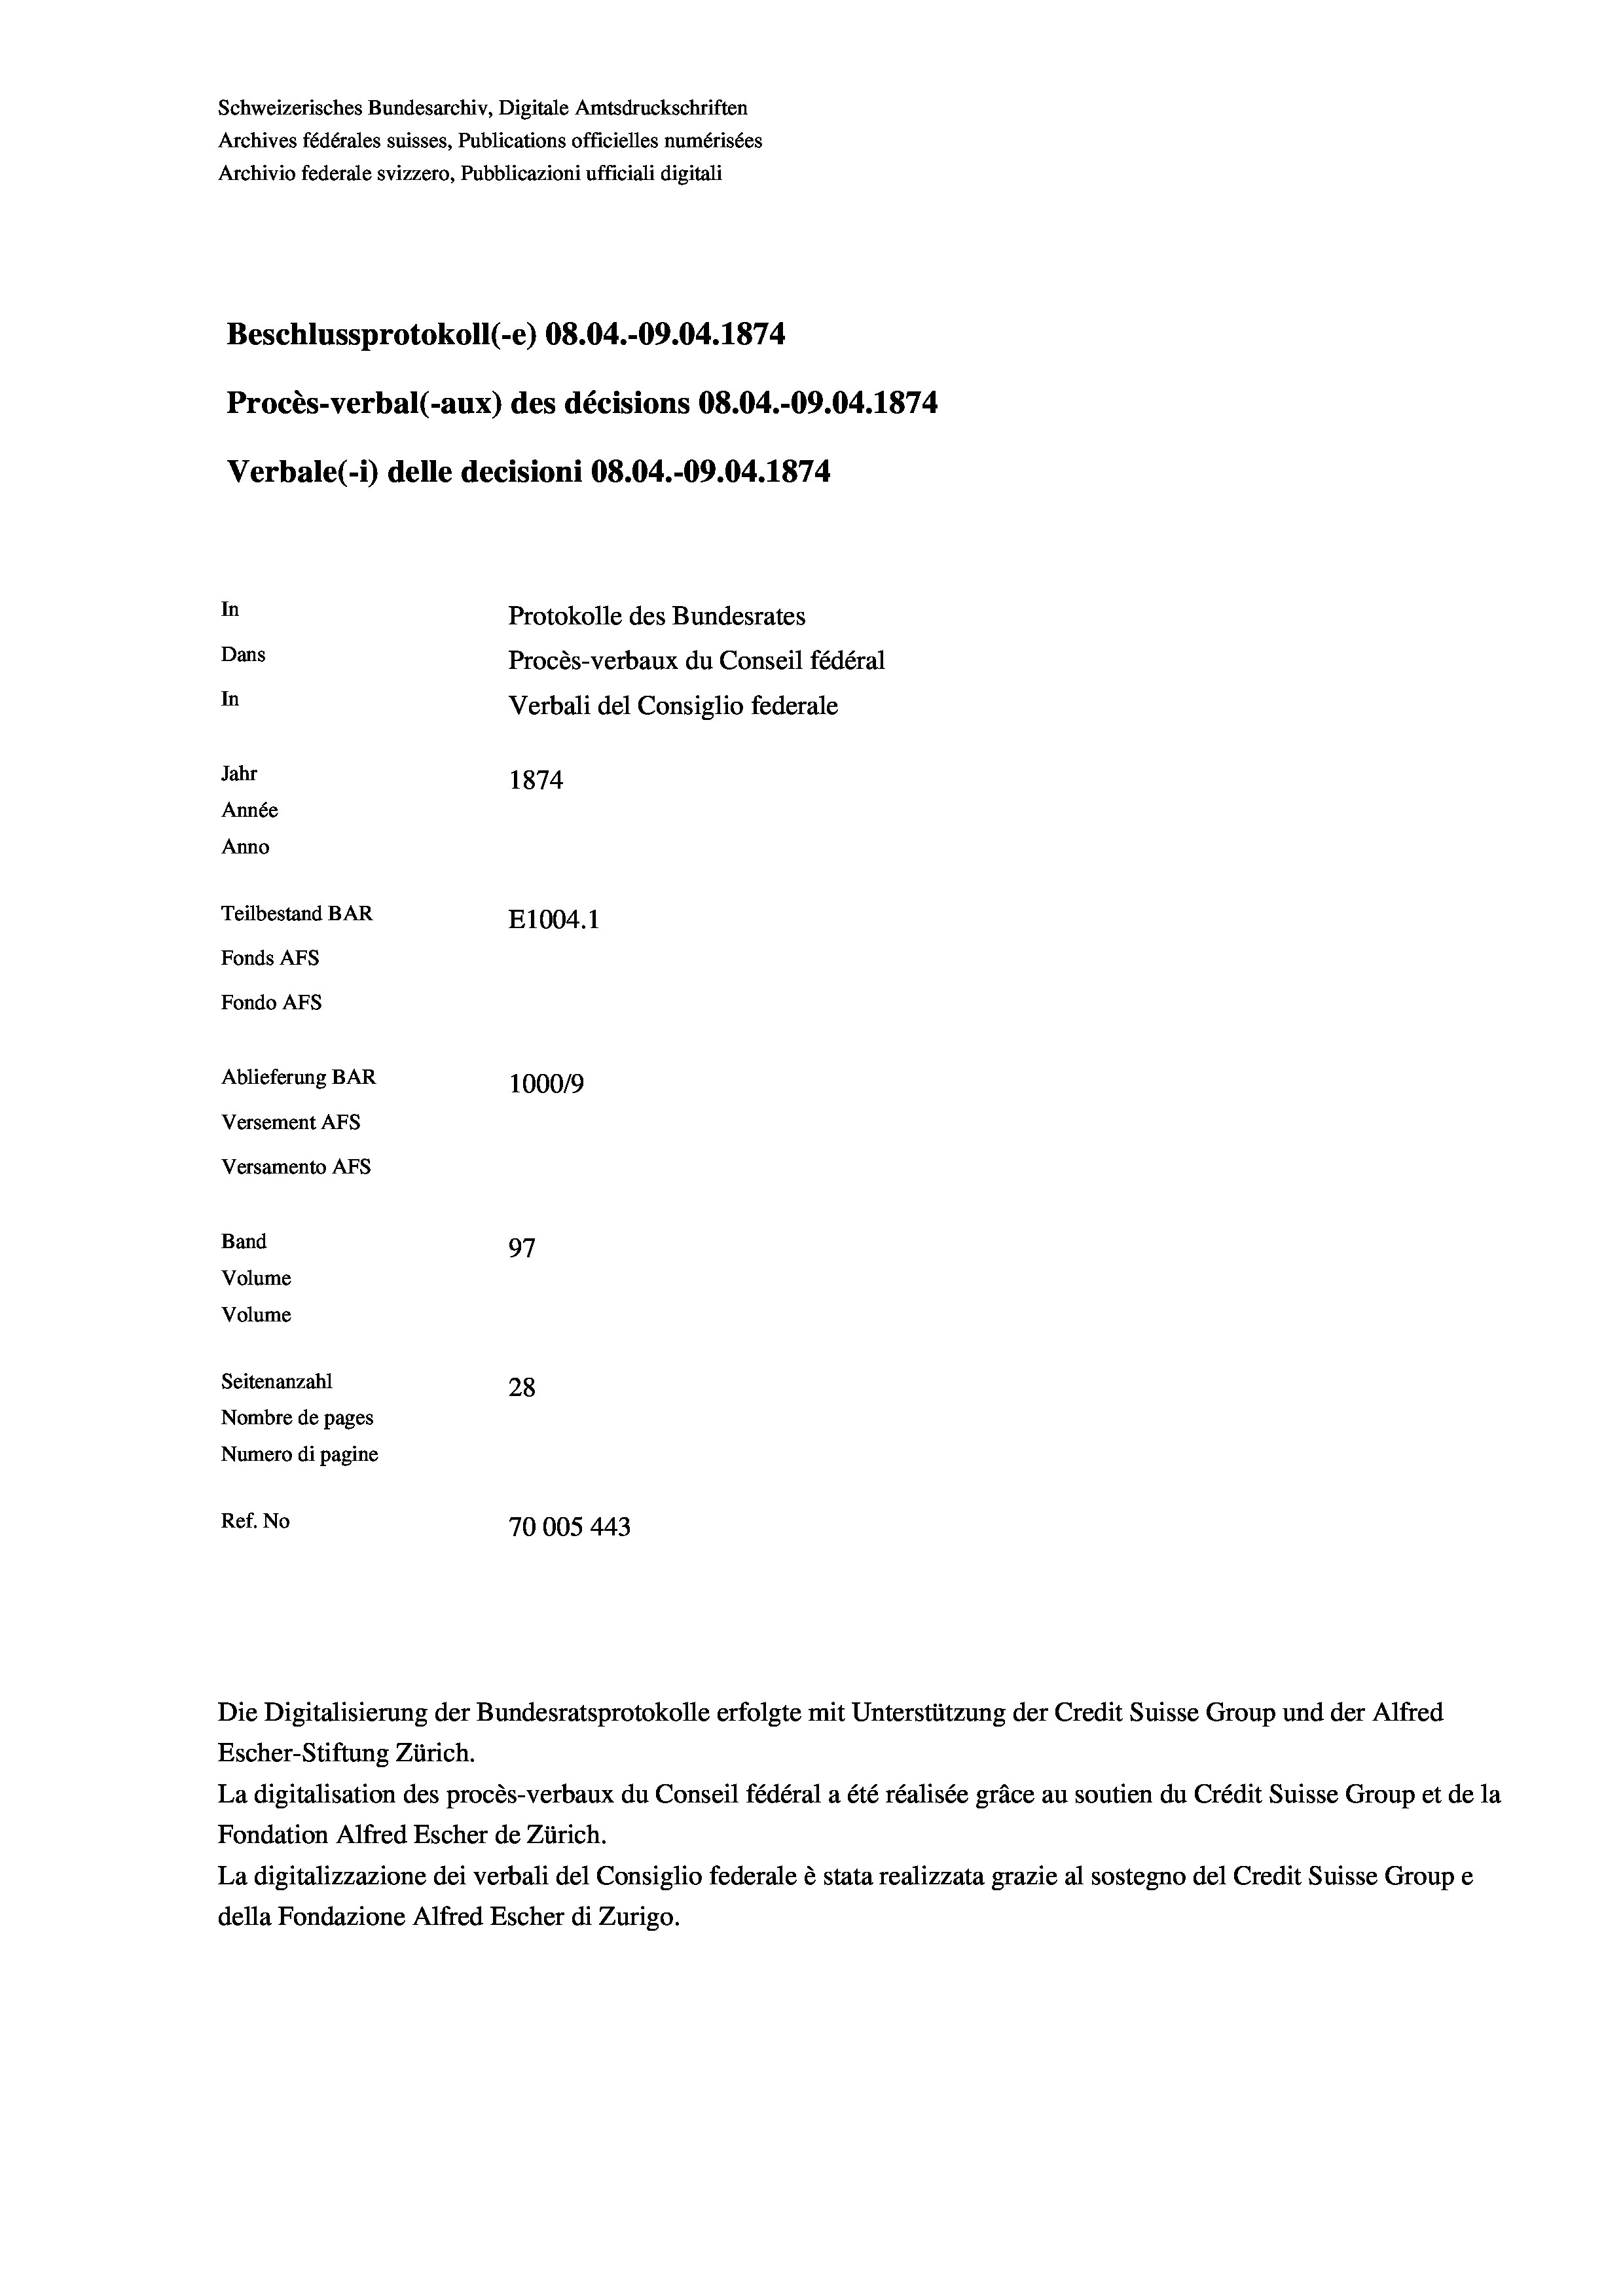
Schweizerisches Bundesarchiv, Digitale Amtsdruckschriften
Archives fédérales suisses, Publications officielles numérisées
Archivio federale svizzero, Pubblicazioni ufficiali digitali
Beschlussprotokoll (-e) 08.04.-09.04. 1874
Procès-verbal (-aux) des décisions 08.04.-09.04. 1874
Verbale (- 1) delle decisioni 08.04.-09.04. 1874
In
Protokolle des Bundesrates
Dans
Procès-verbaux du Conseil fédéral
In
Verbali del Consiglio federale
Jahr
1874
Année
Anno
Teilbestand BAR
E1004.1
Fonds AFs
Fondo Afs
Ablieferung BAR
100019
Versement AFs
Versamento Afs
Band
97
Volume
Volume

Seitenanzahl
28
Nombre de pages
Numero di pagine
Ref. No
70005 443

Escher-Stiftung Zürich.
La digitalisation des procès-verbaux du Conseil fédéral a été réalisée gräce au soutien du Crédit Suisse Group et de la
Fondation Alfred Escher de Zürich.
La digitalizzazione dei verbali del Consiglio federale è stata realizzata grazie al sostegno del Credit Suisse Groupe
della Fondazione Alfred Escher di Zurigo.

Die Digitalisierung der Bundesratsprotokolle erfolgte mit Unterstützung der Credit Suisse Group und der Alfred